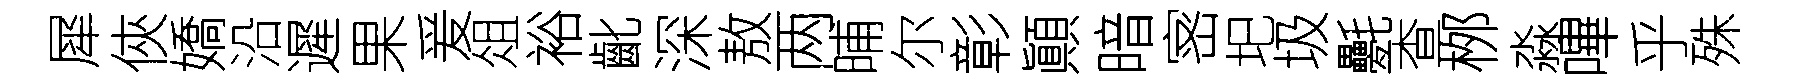
犀俠嬌沿遲果爰俎裕齔深敖两晡尔彰顚暗宻圯圾氎查桞淼嗶乎殊